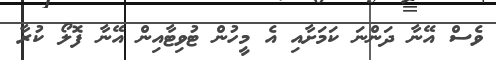
ވެސް އޭނާ ދަންނަ ކަމަށާއި އެ މީހުން ޓުވިޓާއިން އޭނާ ފޮލޯ ކުރާ